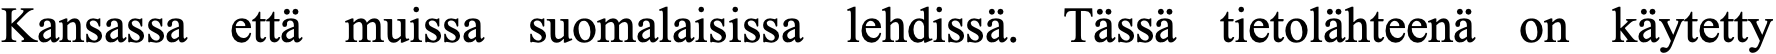
Kansassa että muissa suomalaisissa lehdissä. Tässä tietolähteenä on käytetty